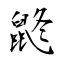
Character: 鼨